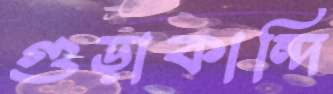
গুড়াকান্দি